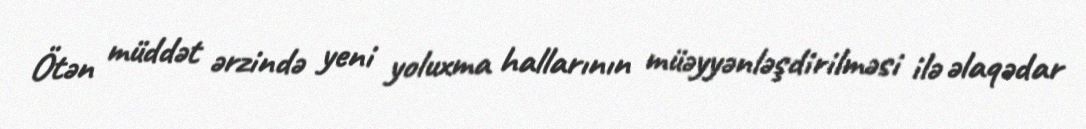
Ötən müddət ərzində yeni yoluxma hallarının müəyyənləşdirilməsi ilə əlaqədar